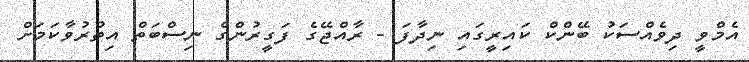
އެމްވީ ދިވެއްސަކު ބޭންކް ކައިރީގައި ނިދާފަ - ރާއްޖޭގެ ފަގީރުންގެ ނިސްބަތް އިތުރުވާކަމަށް